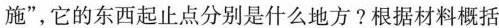
施”，它的东西起止点分别是什么地方?根据材料概括